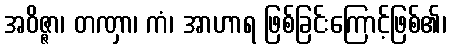
အဝိဇ္ဇာ၊ တဏှာ၊ ကံ၊ အာဟာရ ဖြစ်ခြင်းကြောင့်ဖြစ်၏၊